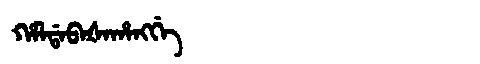
Manchu: ᡥᠠᠯᡩᠠᠪᠠᡧᠠᡥᠠᠩᡤᡝ
Romanization: HALDABAŠAHANGGE